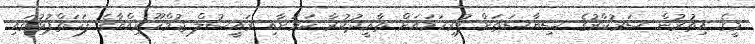
މީގެ އިތުރުން ސަރުކާރުގެ ސިޔާސަތަށް ފުރިހަމައަށް ތާޢީދުކުރާ ކަމަށާއި ރައީސުލް ޖުމްހޫރިއްޔާގެ ފަހަތްޕުޅުގައި